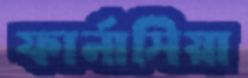
ফার্নাসিয়া